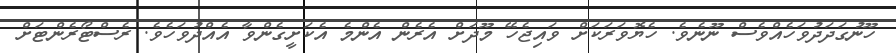
ހޫނުގަދަދުވަހެއްވެސް ނޫނެވެ. ހެޔޮވަރަކަށް ވައިޖެހޭ މޫދަށް އެރެން އެންމެ އެކަށީގެންވާ އެއްދުވަހެވެ. ރެސްޓޯރެންޓަށް